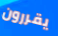
يقررون